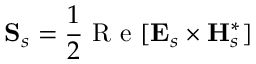
\mathbf { S } _ { s } = \frac { 1 } { 2 } \mathrm { ~ R ~ e ~ } [ \mathbf { E } _ { s } \times \mathbf { H } _ { s } ^ { * } ]